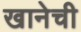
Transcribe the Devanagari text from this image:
खानेची